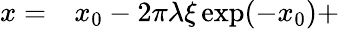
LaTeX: \begin{array}{rl}{x=}&{{}x_{0}-2\pi\lambda\xi\exp(-x_{0})+}\end{array}